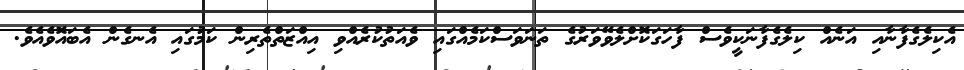
އެކިލެގެފާނާއި އަނެއް ކިލެގެފާނަކީވެސް ފާހަގަކޮށްލެވޭވަރުގެ ތަނަވަސްކަމެއްގައި ވެއަތުކުރެއްވި އިއްޒަތްތެރިން ކަމުގައި އެނގެން އެބައޮވެއެވެ.